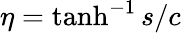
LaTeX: \eta=\operatorname{tanh}^{-1}s/c